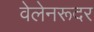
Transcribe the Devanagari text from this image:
वेलेनरूदर